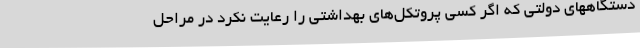
دستگاههای دولتی که اگر کسی پروتکل‌های بهداشتی را رعایت نکرد در مراحل